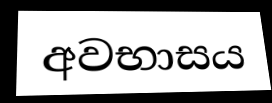
අවභාසය